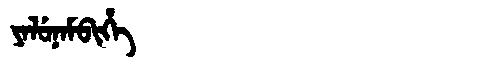
Manchu: ᠶᠠᠯᡠᠨᠠᠮᠪᡳᡥᡝ
Romanization: YALUNAMBIHE